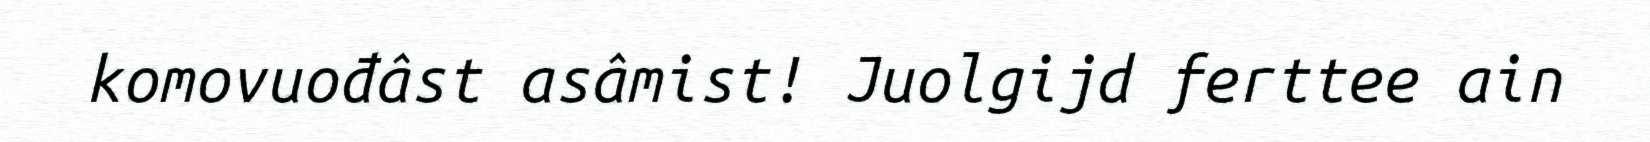
komovuođâst asâmist! Juolgijd ferttee ain